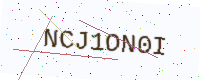
Text: NCJ1ON0I